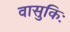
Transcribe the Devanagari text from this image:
वासुकिः